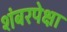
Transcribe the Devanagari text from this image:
शंबरपेक्षा